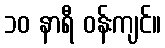
၁၀ နာရီ ဝန်းကျင်။